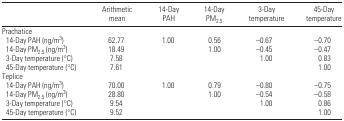
<table><thead><tr><td></td><td><b>Arithmetic mean</b></td><td><b>14-Day PAH</b></td><td><b>14-Day PM<sub>2.5</sub></b></td><td><b>3-Day temperature</b></td><td><b>45-Day temperature</b></td></tr></thead><tbody><tr><td colspan="6">Prachatice</td></tr><tr><td> 14-Day PAH (ng/m3)</td><td>62.77</td><td>1.00</td><td>0.56</td><td>−0.67</td><td>−0.70</td></tr><tr><td> 14-Day PM<sub>2.5</sub> (ng/m3)</td><td>18.49</td><td></td><td>1.00</td><td>−0.45</td><td>−0.47</td></tr><tr><td> 3-Day temperature (°C)</td><td>7.58</td><td></td><td></td><td>1.00</td><td>0.83</td></tr><tr><td> 45-Day temperature (°C)</td><td>7.61</td><td></td><td></td><td></td><td>1.00</td></tr><tr><td colspan="6">Teplice</td></tr><tr><td> 14-Day PAH (ng/m3)</td><td>70.00</td><td>1.00</td><td>0.79</td><td>−0.80</td><td>−0.75</td></tr><tr><td> 14-Day PM<sub>2.5</sub> (ng/m3)</td><td>28.80</td><td></td><td>1.00</td><td>−0.54</td><td>−0.58</td></tr><tr><td> 3-Day temperature (°C)</td><td>9.54</td><td></td><td></td><td>1.00</td><td>0.86</td></tr><tr><td> 45-Day temperature (°C)</td><td>9.52</td><td></td><td></td><td></td><td>1.00</td></tr></tbody></table>